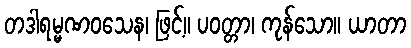
တဒါရမ္မဏဝသေန၊ ဖြင့်။ ပဝတ္တာ၊ ကုန်သော။ ယာတာ